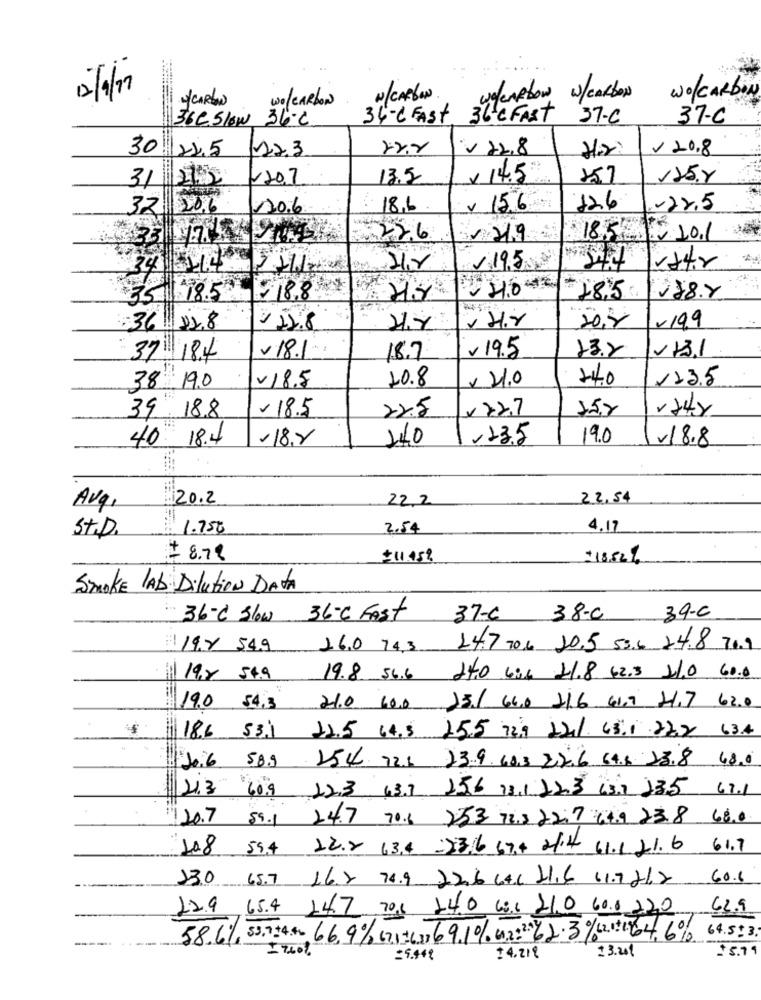
4/CARBON
Wo/CARBON
W/ CARBON
we/carbow w/CARBON
WO/CARBON
36C.Slow 36c
34-C FAST
36'e FAST
37.C
37-C
30
22.3
22.8
V 20.8
22.5
-20,7
13.5
x 14.5
157
125.8
31 2/2
32 206
30.6
18.6
v 156
126
-22.5
226
219
18.5 .10.1
34 -214 221
195
18.8
35 18.5
285 88.Y
/ H.r
20,8
1-199
:36 112.8
212.8
- 18.1
v 19.5
2131
37 18.4
18.7
13.2
V18.5
10.8
x 24.0
44.0
123.5
38 19.0
- 18.5
22.5
×727
15,2
39 18.8
-8.8
140
,13.5
19.0
18.8
40
20.2
22,2
22.54
Avg.
1.750
2.54
4.17
St.D.
# 8.78
$11.45%
+18.52%
Smoke LAD Dilution DATA
36-C Slow 36℃ Fast
37-6
38-C
39-c
19.8 54.9 16.0 74.3
147 206 20.5 53.6 24.8 70.9
19,8 54.9
19.8 56.6 H40 606 41.8 62.5 x1.0 60.0
19.0 54.3
21.0 60.0 25/ 64.0 216 61,7 2,7 62.0
18.6 53.1 12.5 64.5 25.5 729 12/ 65.1 .22.2 63.4
+106 589 254 721 239.683 22.6 64.6 13.8 48.0
213 609 223 63.1 156 18.1223 63.2 235 67.1
120.7
59.1 24.7 70.6 253 72,5 2217 64.9 23.8 68.0
108
59.4 12.2 63.4 -53.6 67.4 21.4 61.1.21.6 61.7
130
65.7 16.7 76.9 22.6 646 H1,6 61.7212
60.6
12.9
654 147 708 140 681 210 60.0.220
62.9
58.6%, 53.9.14.04. 66,9% 671963) 69.10%. 6.2.2.2.3%(2 + 1964, 6% 64.593;
13.201
$5.11
=5.449
+4. 219